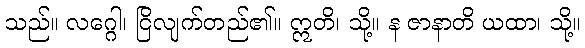
သည်။ လဂ္ဂေါ၊ ငြိလျက်တည်၏။ ဣတိ၊ သို့။ န ဇာနာတိ ယထာ၊ သို့။